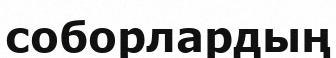
соборлардың